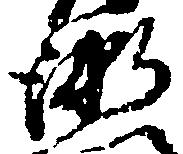
衛